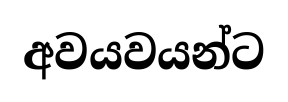
අවයවයන්ට